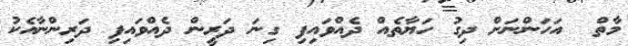
މާތް  އަހަަންނަށް ދިގު ހަޔާތެއް ދެއްވައިފި ގިނަ ދަރީން ދެއްވައިފި ދަރިންނާއެކު